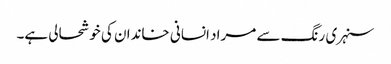
سنہری رنگ سے مراد انسانی خاندان کی خوشحالی ہے۔